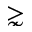
\gnsim